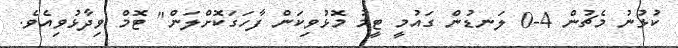
ކުޅުނު މެޗުން 4-0 ލަނޑުން ގައުމީ ޓީމު މޮޅުވިކަން ފާހަގަކޮށްލަން" ޓޮމް ވިދާޅުވިއެވެ.